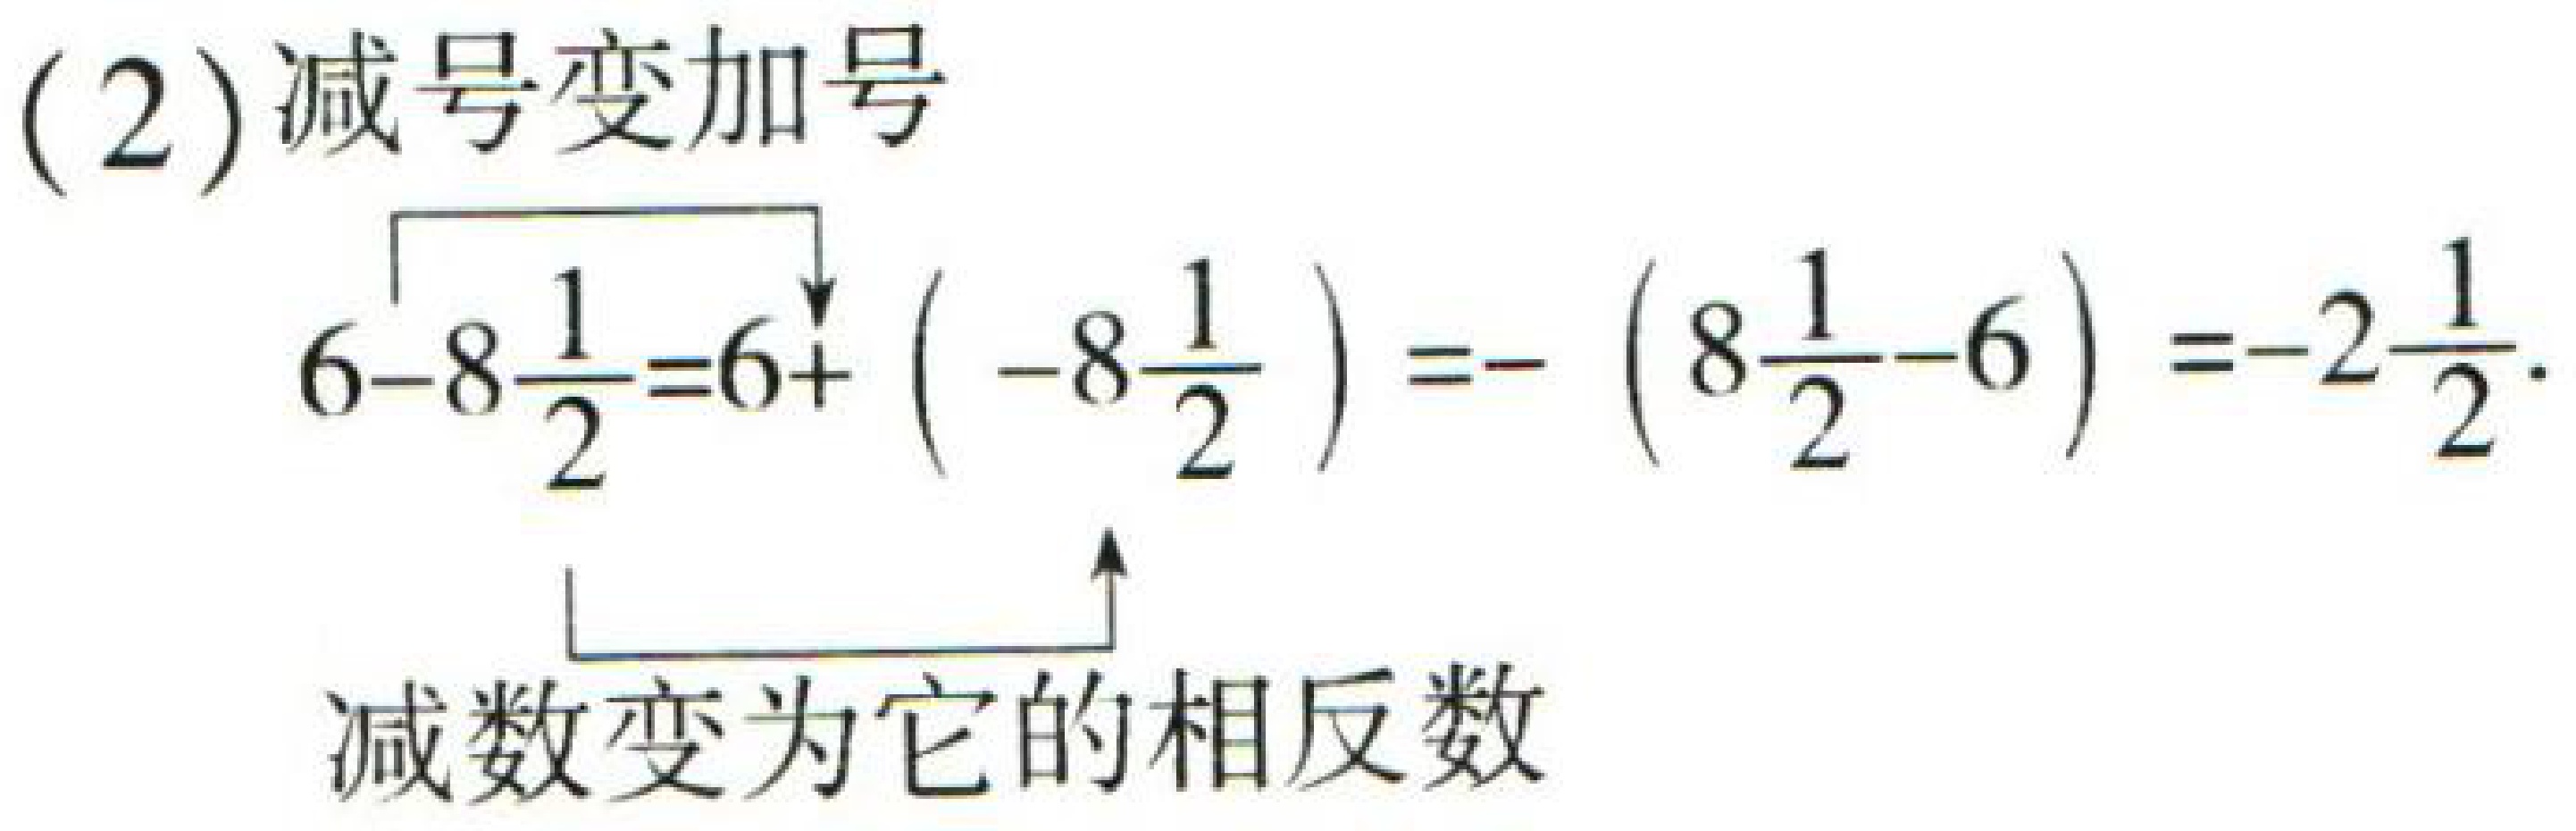
(2) 减号变加号
\[
6 - 8\frac{1}{2} = 6 + \left(-8\frac{1}{2}\right)=-\left(8\frac{1}{2}-6\right)= - 2\frac{1}{2}.
\]
减数变为它的相反数